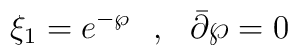
\xi_1=e^{-\wp}\,\,\,\,,\,\,\,\,\bar\partial\wp=0